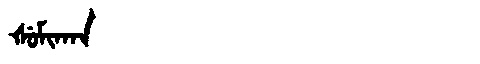
Manchu: ᡧᡠᠮᡳᡴᠠᠨ
Romanization: ŠUMIKAN